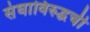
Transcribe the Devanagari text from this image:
संघाविरुद्धची